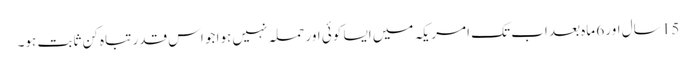
15 سال اور 6 ماہ بعد اب تک امریکہ میں ایسا کوئی اور حملہ نہیں ہوا جو اس قدر تباہ کن ثابت ہو۔